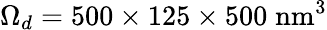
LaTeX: \Omega_{d}=500\times 125\times 500\; \mathrm{nm}^{3}